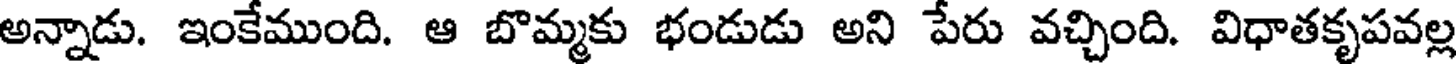
అన్నాడు. ఇంకేముంది. ఆ బొమ్మకు భండుడు అని పేరు వచ్చింది. విధాతకృపవల్ల